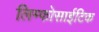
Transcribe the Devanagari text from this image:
लिम्फोसाईटिक